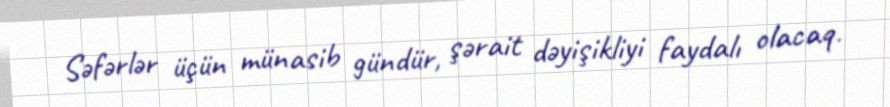
Səfərlər üçün münasib gündür, şərait dəyişikliyi faydalı olacaq.